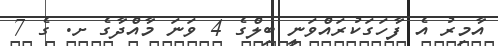
އާމިރު އެ ފާހަގަކުރައްވަނީ ބިލްގެ 4 ވަނަ މާއްދާގެ ށ. ގެ 7